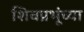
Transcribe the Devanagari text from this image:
शिवप्रभूंच्या